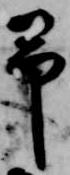
予